Civil Veterinary Dept. Assam report 1911-1927 - 1911-1927
Year: 1911
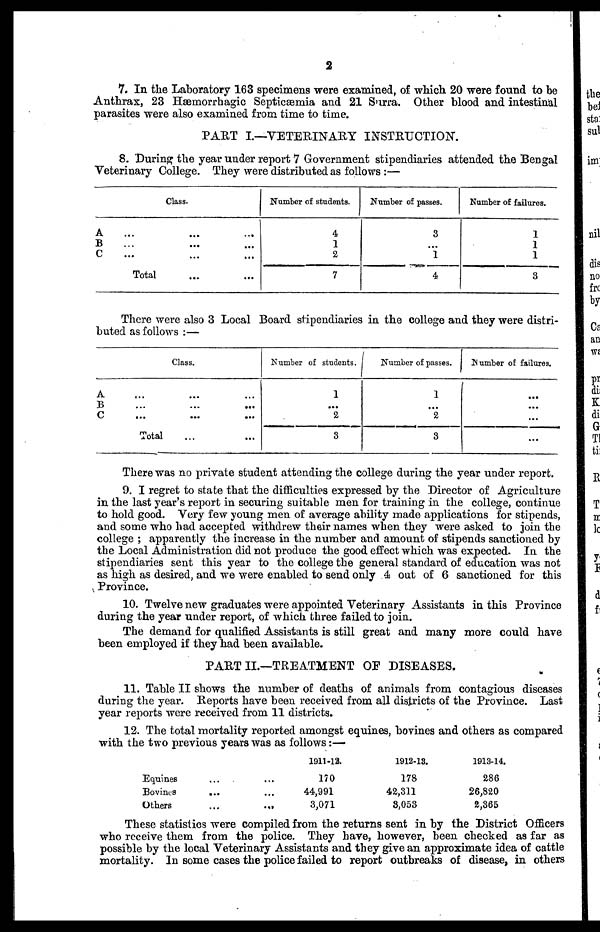
2
7. In the Laboratory 163 specimens were examined, of which. 20 were found to be
Anthrax, 23 Hæmorrhagic Septicaemia and 21 Surra. Other blood and intestinal
parasites were also examined from time to time.
PART I.—VETERINARY INSTRUCTION.
8. During the year under report 7 Government stipendiaries attended the Bengal
Veterinary College. They were distributed as follows :—
A
B
C
Class.
... … …
… … …
... ... ...
Total
Number of students.
4
1
2
7
Number of passes.
3
...
1
4
Number of failures.
1
1
1
3
There were also 3 Local Board stipendiaries in the college and they were distri-
buted as follows :—
Class.
A
B
C
… … …
... ... ...
... ... ...
Total
Number of students.
1
...
2
3
Number of passes.
1
...
2
3
Number of failures.
...
...
...
There was no private student attending the college during the year under report.
9. I regret to state that the difficulties expressed by the Director of Agriculture
in the last year's report in securing suitable men for training in the college, continue
to hold good. Very few young men of average ability made applications for stipends,
and some who had accepted withdrew their names when they were asked to join the
college ; apparently the increase in the number and. amount of stipends sanctioned by
the Local Administration did not produce the good effect which was expected. In the
stipendiaries sent this year to the college the general standard of education was not
as high as desired, and we were enabled to send only .4 out of 6 sanctioned for this
Province.
10. Twelve new graduates were appointed Veterinary Assistants in this Province
during the year under report, of which three failed to join.
The demand for qualified Assistants is still great and many more could have
been employed if they had been available.
PART II.—TREATMENT OF DISEASES.
11. Table II shows the number of deaths of animals from contagious diseases
during the year. Reports have been received from all districts of the Province. Last
year reports were received from 11 districts.
12. The total mortality reported amongst equines, bovines and others as compared
with the two previous years was as follows:—
Equines ... ...
Bovines
...
...
Others ... ...
1911-13.
170
44,991
3,071
1912-13.
178
42,311
8,053
1913-14.
286
26,820
2,365
These statistics were compiled from the returns sent in by the District Officers
who receive them from the police. They have, however, been checked as far as
possible by the local Veterinary Assistants and they give an approximate idea of cattle
mortality. In some cases the police failed to report outbreaks of disease, in others